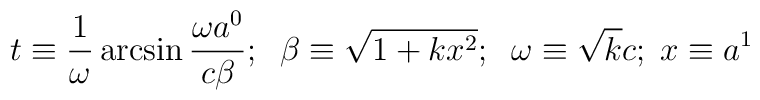
t\equiv\frac{1}{\omega}\arcsin\frac{\omega a^0}{c\beta};\;\;\beta\equiv\sqrt{1+kx^2};\;\;\omega\equiv\sqrt{k}c;\;x\equiv a^1